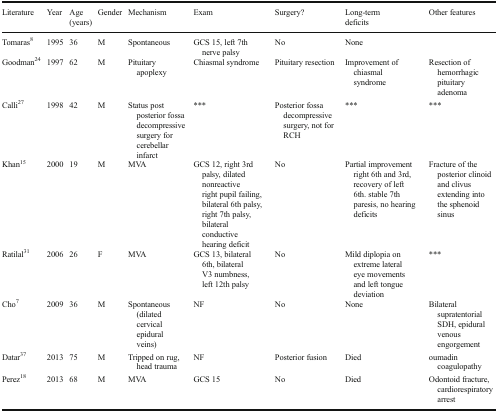
| Literature | Year | Age (years) | Gender | Mechanism | Exam | Surgery? | Long-term deficits | Other features |
 | --- | --- | --- | --- | --- | --- | --- | --- | --- |
 | Tomaras8 | 1995 | 36 | M | Spontaneous | GCS 15, left 7th nerve palsy | No | None |  |
 | Goodman24 | 1997 | 62 | M | Pituitary apoplexy | Chiasmal syndrome | Pituitary resection | Improvement of chiasmal syndrome | Resection of hemorrhagic pituitary adenoma |
 | Calli27 | 1998 | 42 | M | Status post posterior fossa decompressive surgery for cerebellar infarct | *** | Posterior fossa decompressive surgery, not for RCH | *** | *** |
 | Khan15 | 2000 | 19 | M | MVA | GCS 12, right 3rd palsy, dilated nonreactive right pupil failing, bilateral 6th palsy, right 7th palsy, bilateral conductive hearing deficit | No | Partial improvement right 6th and 3rd, recovery of left 6th. stable 7th paresis, no hearing deficits | Fracture of the posterior clinoid and clivus extending into the sphenoid sinus |
 | Ratilal31 | 2006 | 26 | F | MVA | GCS 13, bilateral 6th, bilateral V3 numbness, left 12th palsy | No | Mild diplopia on extreme lateral eye movements and left tongue deviation | *** |
 | Cho7 | 2009 | 36 | M | Spontaneous (dilated cervical epidural veins) | NF | No | None | Bilateral supratentorial SDH, epidural venous engorgement |
 | Datar37 | 2013 | 75 | M | Tripped on rug, head trauma | NF | Posterior fusion | Died | oumadin coagulopathy |
 | Perez18 | 2013 | 68 | M | MVA | GCS 15 | No | Died | Odontoid fracture, cardiorespiratory arrest |